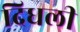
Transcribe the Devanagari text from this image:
दिधली